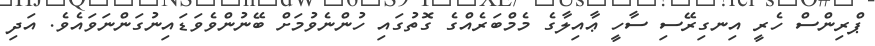
ޕްރިންސް ހެރީ އިނގިރޭސި ސާހީ ޢާއިލާގެ މެމްބަރެއްގެ ގޮތުގައި ހުންނެވުމަށް ބޭނުންވެވަޑައިނުގަންނަވައެވެ. އަދި